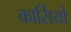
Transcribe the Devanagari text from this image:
कार्सियो